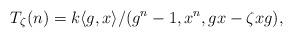
LaTeX: \begin{align*}T_\zeta(n)=k\langle g,x\rangle/(g^n-1,x^n,gx-\zeta xg),\end{align*}